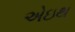
એઇથ